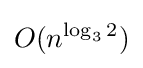
O(n^{\log _{3}2})